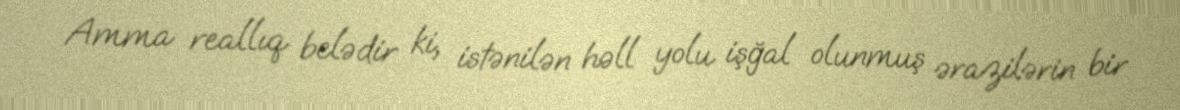
Amma reallıq belədir ki, istənilən həll yolu işğal olunmuş ərazilərin bir